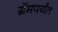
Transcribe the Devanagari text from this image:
ग्रॅमपर्यंत